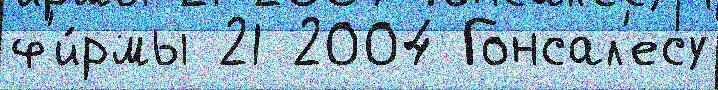
ф'и́рмы 21 2004 Гонсал'есу